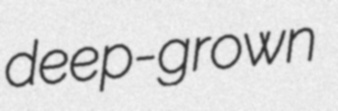
deep-grown